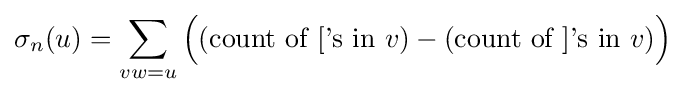
\sigma _{n}(u)=\sum _{vw=u}{\Big (}({\text{count of ['s in }}v)-({\text{count of ]'s in }}v){\Big )}